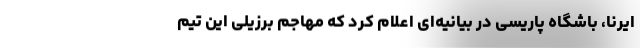
ایرنا، باشگاه پاریسی در بیانیه‌ای اعلام کرد که مهاجم برزیلی این تیم